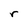
Character: f